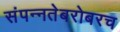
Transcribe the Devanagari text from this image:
संपन्नतेबरोबरच